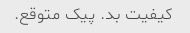
کیفیت بد. پیک متوقع.